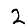
Digit: 2